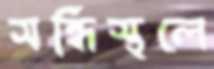
সন্ধিস্থলে